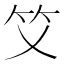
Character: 𥫜